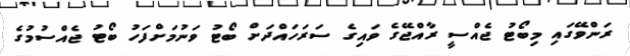
ރަންވޭގައި މިބޯޓު ޖެއްސީ ރާއްޖޭގެ ވައިގެ ސަރަހައްދަށް ބޯޓު ވަނުމަށްފަހު ބޯޓު ޖެއްސުމުގެ